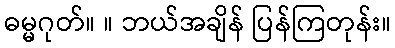
ဓမ္မဂုတ်။ ။ ဘယ်အချိန် ပြန်ကြတုန်း။